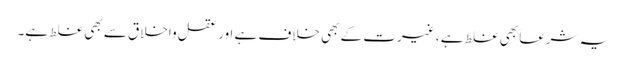
یہ شرعاً بھی غلط ہے ، غیرت کے بھی خلاف ہے اور عقل واخلاق سے بھی غلط ہے۔